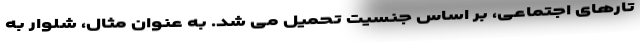
تارهای اجتماعی، بر اساس جنسیت تحمیل می شد. به عنوان مثال، شلوار به